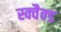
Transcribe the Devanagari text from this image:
स्क्वैक्ड